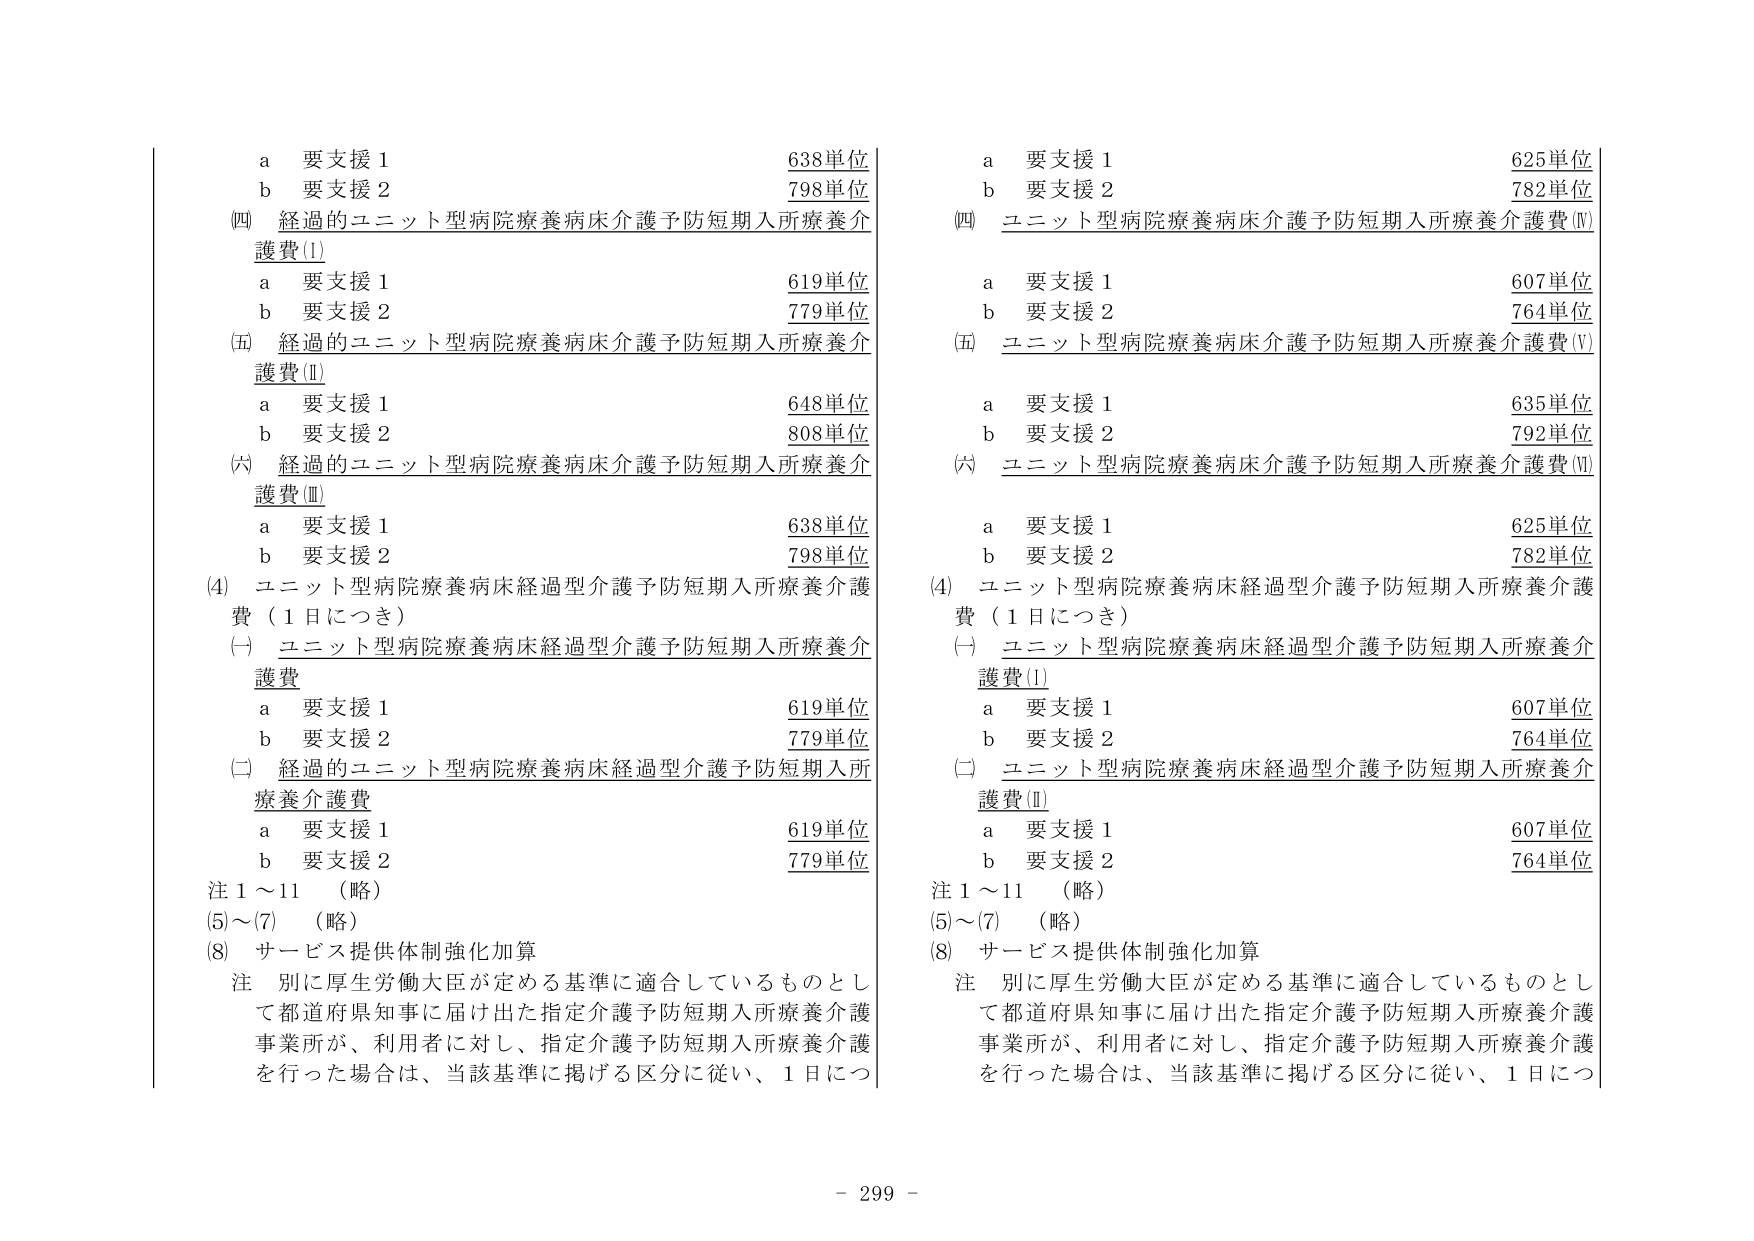
a 要支援 1 638単位
b 要支援 2 798単位
(四) 経過的ユニット型病院療養病床介護予防短期入所療養介護費(I)
　a 要支援 1 619単位
　b 要支援 2 779単位
(五) 経過的ユニット型病院療養病床介護予防短期入所療養介護費(Ⅱ)
　a 要支援 1 648単位
　b 要支援 2 808単位
(六) 経過的ユニット型病院療養病床介護予防短期入所療養介護費(Ⅲ)
　a 要支援 1 638単位
　b 要支援 2 798単位
(4) ユニット型病院療養病床経過型介護予防短期入所療養介護費（1日につき）
　(一) ユニット型病院療養病床経過型介護予防短期入所療養介護費
　　a 要支援 1 619単位
　　b 要支援 2 779単位
　(二) 経過的ユニット型病院療養病床経過型介護予防短期入所療養介護費
　　a 要支援 1 619単位
　　b 要支援 2 779単位
注 1～11 （略）
(5)～(7) （略）
(8) サービス提供体制強化加算
　注 別に厚生労働大臣が定める基準に適合しているものとして都道府県知事に届け出た指定介護予防短期入所療養介護事業所が、利用者に対し、指定介護予防短期入所療養介護を行った場合は、当該基準に掲げる区分に従い、1日につ

a 要支援 1 625単位
b 要支援 2 782単位
(四) ユニット型病院療養病床介護予防短期入所療養介護費(Ⅳ)
　a 要支援 1 607単位
　b 要支援 2 764単位
(五) ユニット型病院療養病床介護予防短期入所療養介護費(Ⅴ)
　a 要支援 1 635単位
　b 要支援 2 792単位
(六) ユニット型病院療養病床介護予防短期入所療養介護費(Ⅵ)
　a 要支援 1 625単位
　b 要支援 2 782単位
(4) ユニット型病院療養病床経過型介護予防短期入所療養介護費（1日につき）
　(一) ユニット型病院療養病床経過型介護予防短期入所療養介護費(I)
　　a 要支援 1 607単位
　　b 要支援 2 764単位
　(二) ユニット型病院療養病床経過型介護予防短期入所療養介護費(Ⅱ)
　　a 要支援 1 607単位
　　b 要支援 2 764単位
注 1～11 （略）
(5)～(7) （略）
(8) サービス提供体制強化加算
　注 別に厚生労働大臣が定める基準に適合しているものとして都道府県知事に届け出た指定介護予防短期入所療養介護事業所が、利用者に対し、指定介護予防短期入所療養介護を行った場合は、当該基準に掲げる区分に従い、1日につ

- 299 -